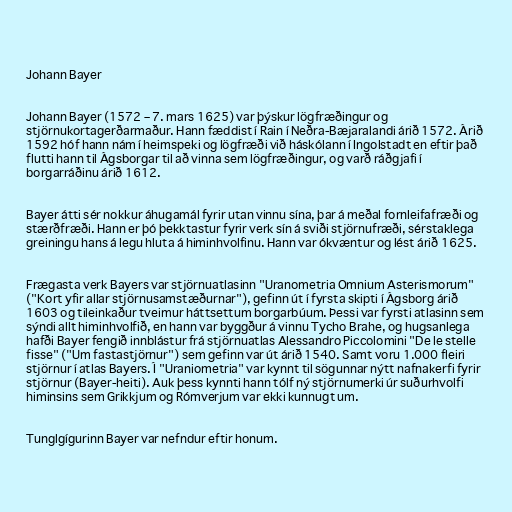
Johann Bayer

Johann Bayer (1572 – 7. mars 1625) var þýskur lögfræðingur og
stjörnukortagerðarmaður. Hann fæddist í Rain í Neðra-Bæjaralandi árið 1572. Árið
1592 hóf hann nám í heimspeki og lögfræði við háskólann í Ingolstadt en eftir það
flutti hann til Ágsborgar til að vinna sem lögfræðingur, og varð ráðgjafi í
borgarráðinu árið 1612.

Bayer átti sér nokkur áhugamál fyrir utan vinnu sína, þar á meðal fornleifafræði og
stærðfræði. Hann er þó þekktastur fyrir verk sín á sviði stjörnufræði, sérstaklega
greiningu hans á legu hluta á himinhvolfinu. Hann var ókvæntur og lést árið 1625.

Frægasta verk Bayers var stjörnuatlasinn "Uranometria Omnium Asterismorum"
("Kort yfir allar stjörnusamstæðurnar"), gefinn út í fyrsta skipti í Ágsborg árið
1603 og tileinkaður tveimur háttsettum borgarbúum. Þessi var fyrsti atlasinn sem
sýndi allt himinhvolfið, en hann var byggður á vinnu Tycho Brahe, og hugsanlega
hafði Bayer fengið innblástur frá stjörnuatlas Alessandro Piccolomini "De le stelle
fisse" ("Um fastastjörnur") sem gefinn var út árið 1540. Samt voru 1.000 fleiri
stjörnur í atlas Bayers. Í "Uraniometria" var kynnt til sögunnar nýtt nafnakerfi fyrir
stjörnur (Bayer-heiti). Auk þess kynnti hann tólf ný stjörnumerki úr suðurhvolfi
himinsins sem Grikkjum og Rómverjum var ekki kunnugt um.

Tunglgígurinn Bayer var nefndur eftir honum.